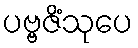
ပဗ္ဗဇိံသုပေ